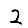
Digit: 2